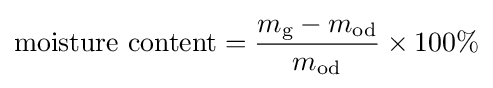
{\text{moisture content}}={\frac {m_{\text{g}}-m_{\text{od}}}{m_{\text{od}}}}\times 100\%